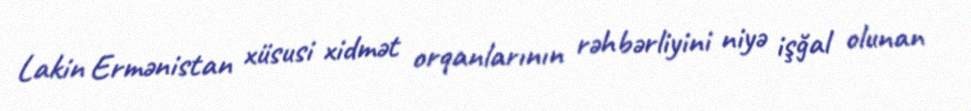
Lakin Ermənistan xüsusi xidmət orqanlarının rəhbərliyini niyə işğal olunan